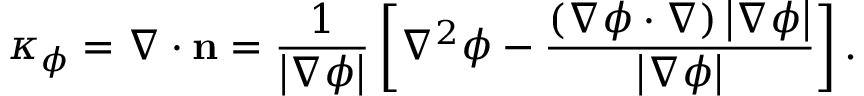
{ \kappa _ { \phi } } = \nabla \cdot { \bf { n } } = \frac { 1 } { { \left| { \nabla \phi } \right| } } \left[ { { \nabla ^ { 2 } } \phi - \frac { { \left( { \nabla \phi \cdot \nabla } \right) \left| { \nabla \phi } \right| } } { { \left| { \nabla \phi } \right| } } } \right] .